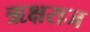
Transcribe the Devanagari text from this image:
ऋक्षराज